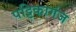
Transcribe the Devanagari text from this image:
पट्टिकागंज